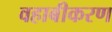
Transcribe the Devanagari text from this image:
वहाबीकरण